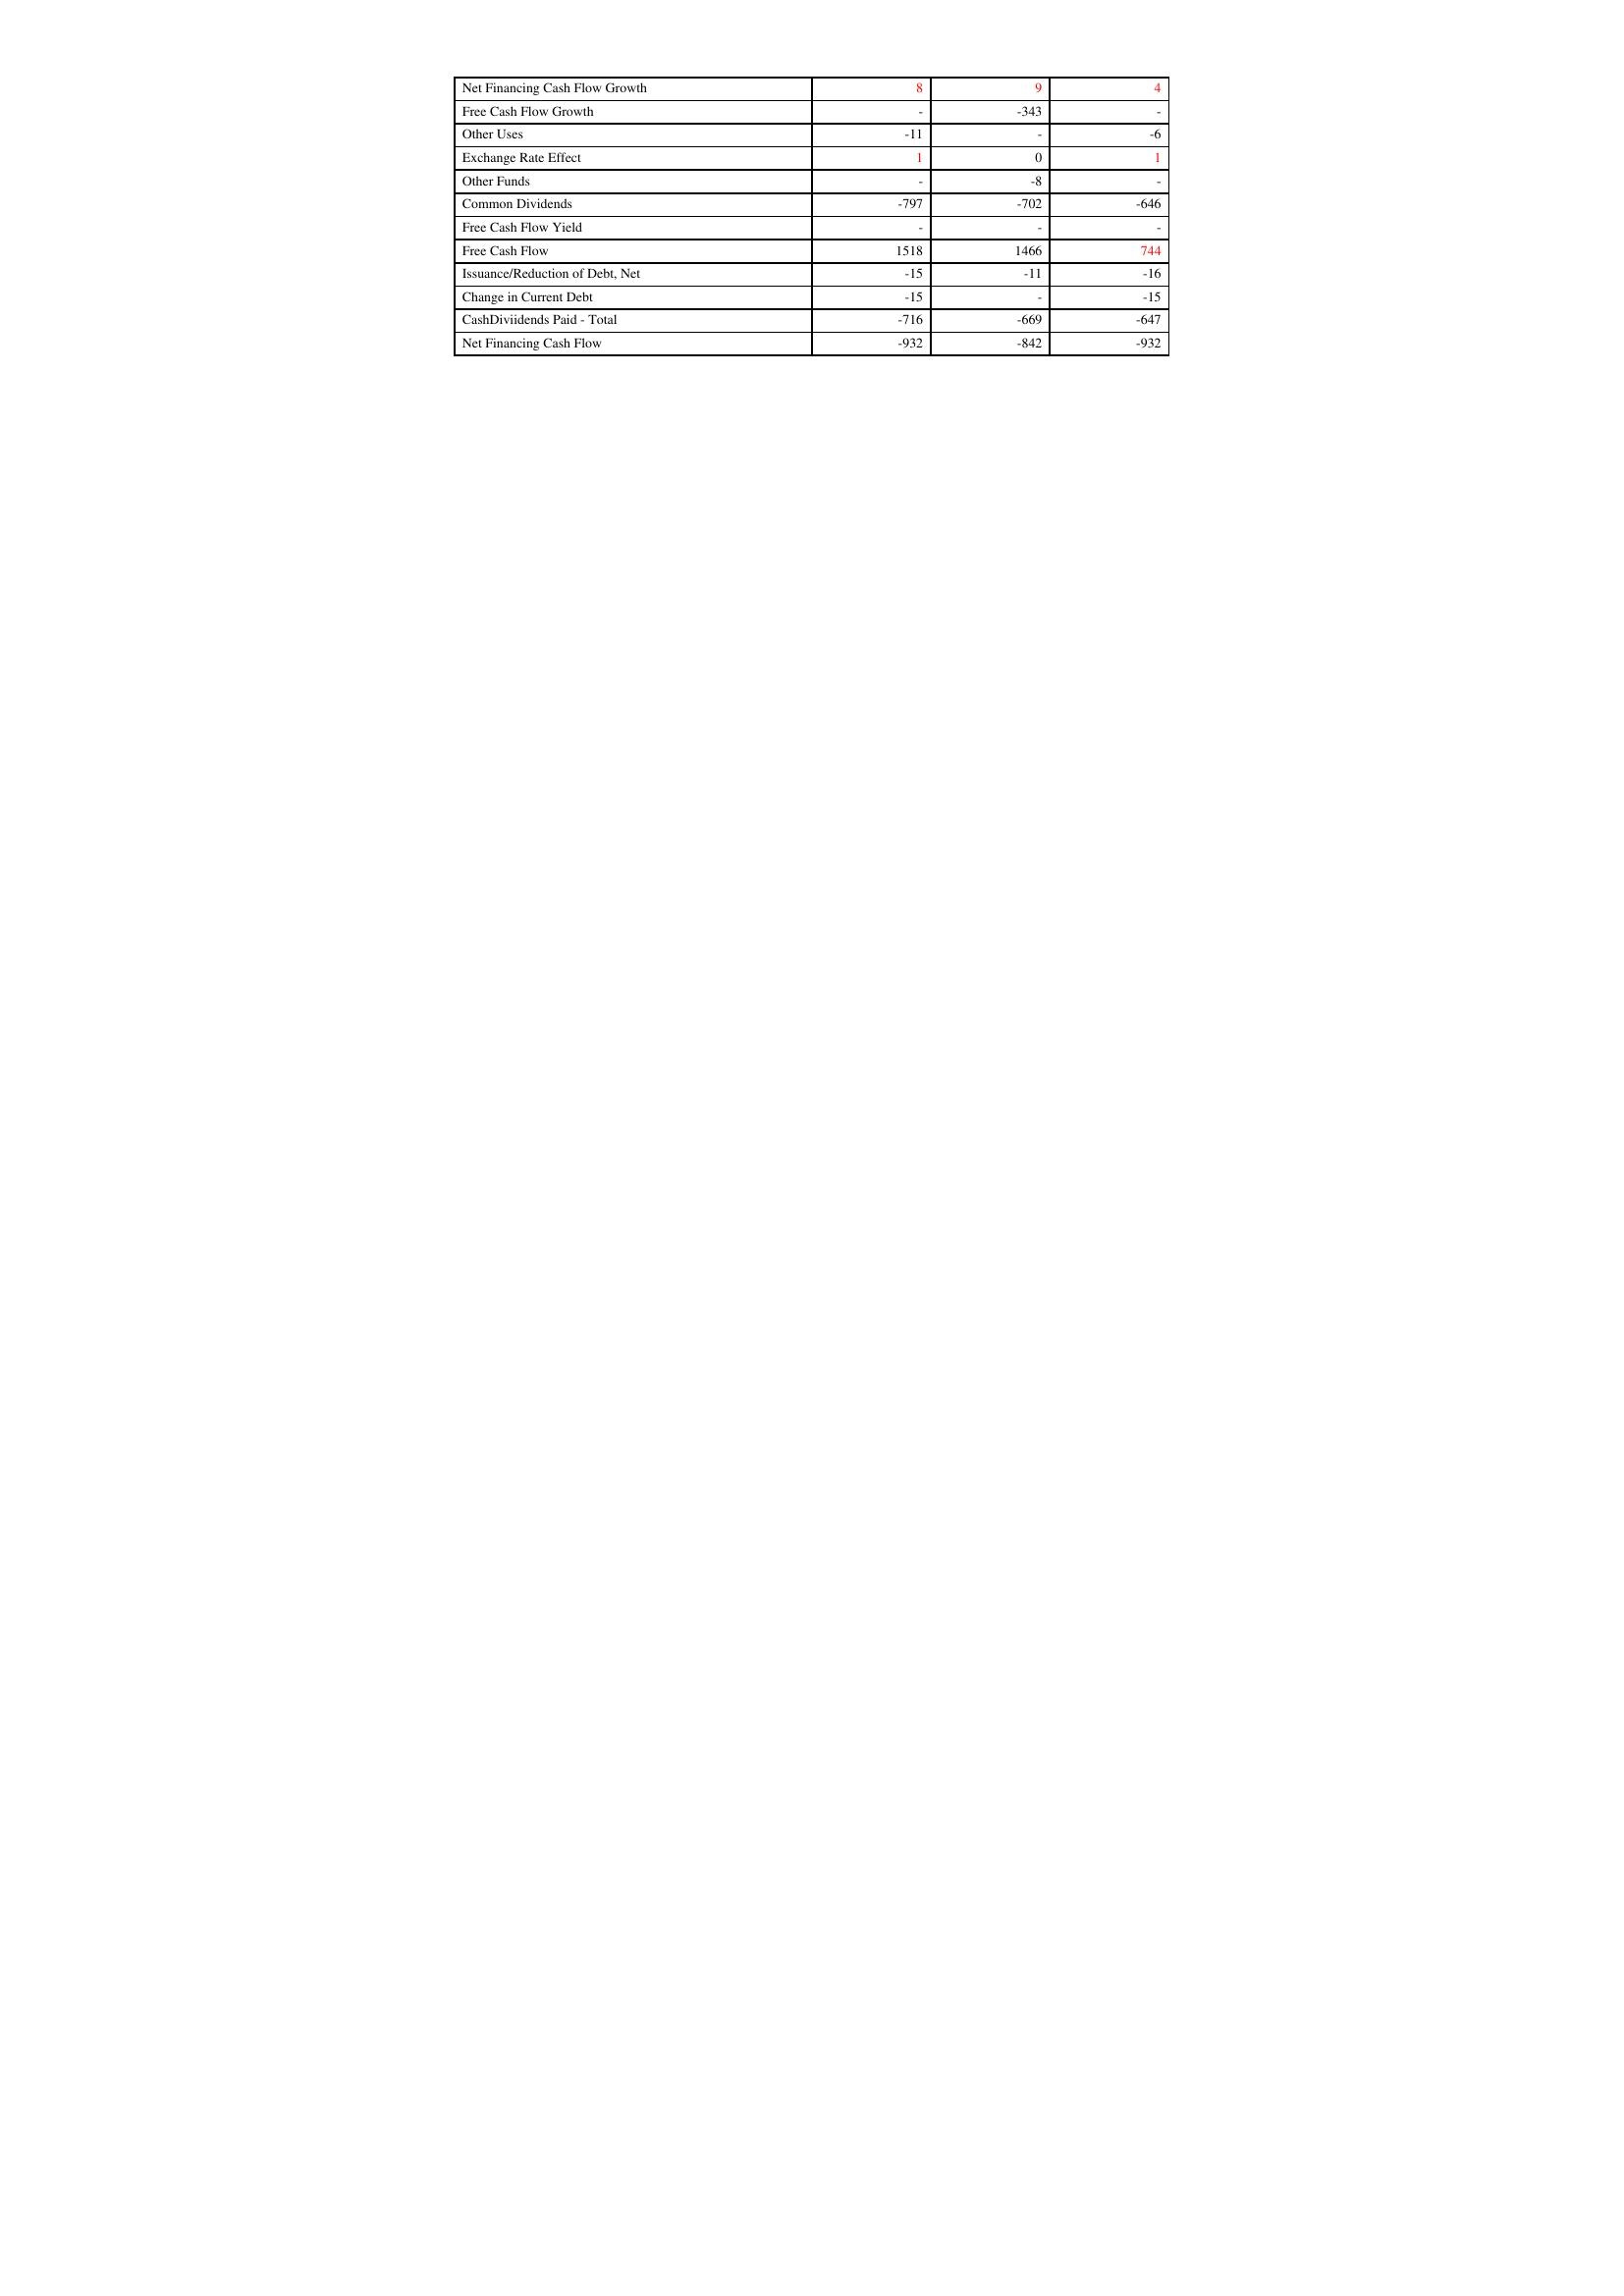
gt_parse: 2021: Financing Activities: Net Financing Cash Flow Growth: 8
Free Cash Flow Growth: -
Other Uses: -11
Exchange Rate Effect: 1
Other Funds: -
Common Dividends: -797
Free Cash Flow Yield: -
Free Cash Flow: 1518
Issuance/Reduction of Debt, Net: -15
Change in Current Debt: -15
CashDiviidends Paid - Total: -716
Net Financing Cash Flow: -932
2020: Financing Activities: Net Financing Cash Flow Growth: 9
Free Cash Flow Growth: -343
Other Uses: -
Exchange Rate Effect: 0
Other Funds: -8
Common Dividends: -702
Free Cash Flow Yield: -
Free Cash Flow: 1466
Issuance/Reduction of Debt, Net: -11
Change in Current Debt: -
CashDiviidends Paid - Total: -669
Net Financing Cash Flow: -842
2019: Financing Activities: Net Financing Cash Flow Growth: 4
Free Cash Flow Growth: -
Other Uses: -6
Exchange Rate Effect: 1
Other Funds: -
Common Dividends: -646
Free Cash Flow Yield: -
Free Cash Flow: 744
Issuance/Reduction of Debt, Net: -16
Change in Current Debt: -15
CashDiviidends Paid - Total: -647
Net Financing Cash Flow: -932